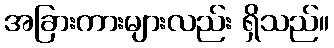
အခြားကားများလည်း ရှိသည်။